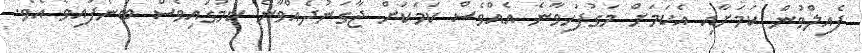
ފެއިލްވުން ކަމަށާއި އެކަމަށް މަގުފަހިވާނެ އެއްވެސް ކަމަކަށް ޖާގަނުދެއްވާނެ ކަމުގައިވެސް ބުނެފައިވެ އެވެ.